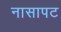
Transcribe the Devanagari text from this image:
नासापट